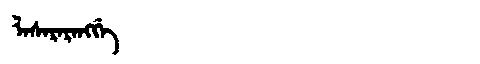
Manchu: ᠯᡝᠰᡝᡵᡝᡵᡝᠩᡤᡝ
Romanization: LESERERENGGE